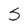
Character: S